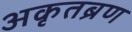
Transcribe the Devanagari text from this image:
अकृतब्रण